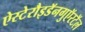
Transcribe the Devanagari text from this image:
ऐस्टेरौइडॅनगुऍरटॅल